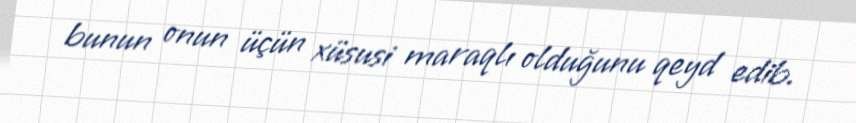
bunun onun üçün xüsusi maraqlı olduğunu qeyd edib.